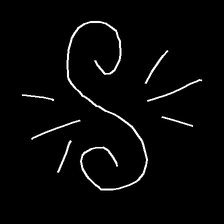
Glyph: wind-directs-air